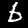
Digit: 6